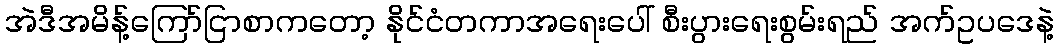
အဲဒီအမိန့်ကြော်ငြာစာကတော့ နိုင်ငံတကာအရေးပေါ် စီးပွားရေးစွမ်းရည် အက်ဥပဒေနဲ့